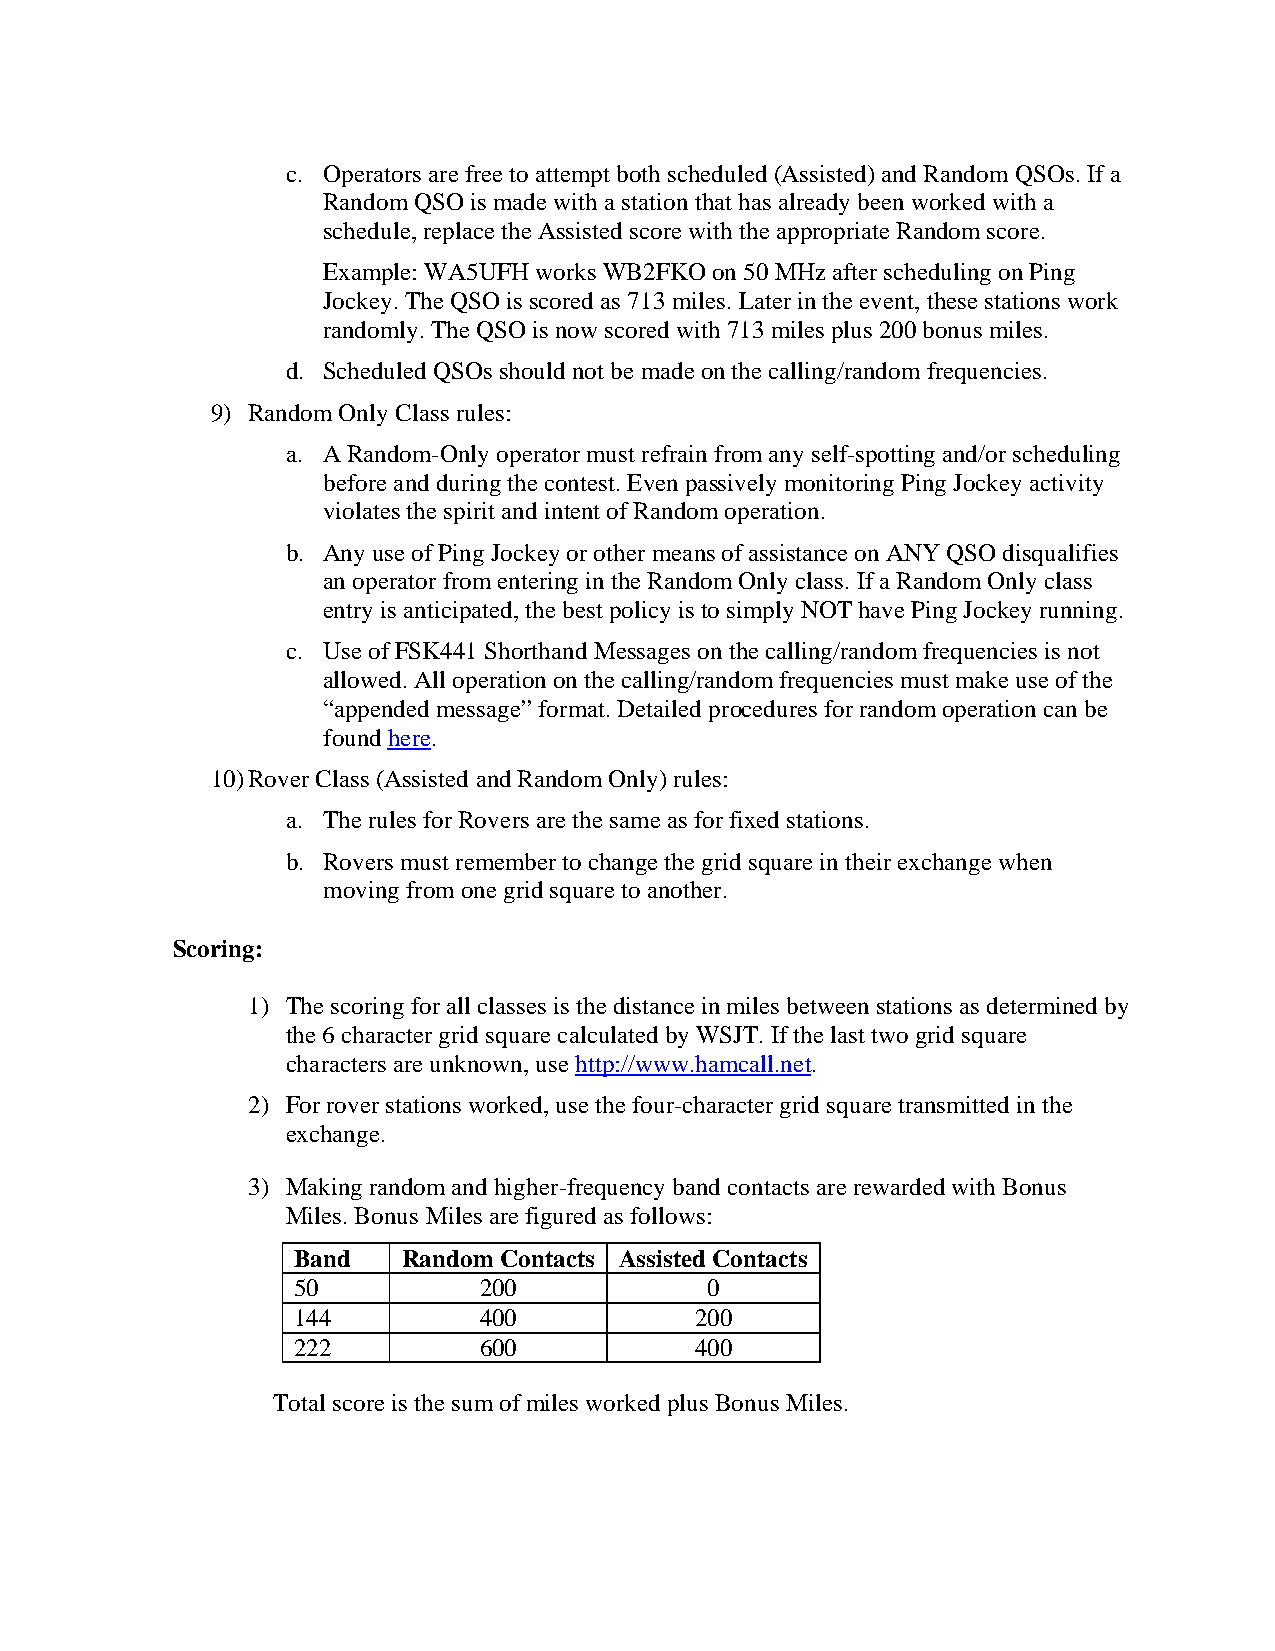
c. Operators are free to attempt both scheduled (Assisted) and Random QSOs. If a
 Random QSO is made with a station that has already been worked with a
 schedule, replace the Assisted score with the appropriate Random score.
 Example: WA5UFH works WB2FKO on 50 MHz after scheduling on Ping
 Jockey. The QSO is scored as 713 miles. Later in the event, these stations work
 randomly. The QSO is now scored with 713 miles plus 200 bonus miles.
 d. Scheduled QSOs should not be made on the calling/random frequencies.
 9) Random Only Class rules:
 a. A Random-Only operator must refrain from any self-spotting and/or scheduling
 before and during the contest. Even passively monitoring Ping Jockey activity
 violates the spirit and intent of Random operation.
 b. Any use of Ping Jockey or other means of assistance on ANY QSO disqualifies
 an operator from entering in the Random Only class. If a Random Only class
 entry is anticipated, the best policy is to simply NOT have Ping Jockey running.
 c. Use of FSK441 Shorthand Messages on the calling/random frequencies is not
 allowed. All operation on the calling/random frequencies must make use of the
 “appended message” format. Detailed procedures for random operation can be
 found here.
 10) Rover Class (Assisted and Random Only) rules:
 a. The rules for Rovers are the same as for fixed stations.
 b. Rovers must remember to change the grid square in their exchange when
 moving from one grid square to another.
 Scoring:
 1) The scoring for all classes is the distance in miles between stations as determined by
 the 6 character grid square calculated by WSJT. If the last two grid square
 characters are unknown, use http://www.hamcall.net.
 2) For rover stations worked, use the four-character grid square transmitted in the
 exchange.
 3) Making random and higher-frequency band contacts are rewarded with Bonus
 Miles. Bonus Miles are figured as follows:
 Band    Random Contacts Assisted Contacts
 50           200            0
 144          400           200
 222          600           400
 Total score is the sum of miles worked plus Bonus Miles.